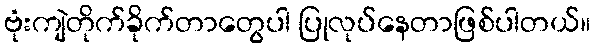
ဗုံးကျဲတိုက်ခိုက်တာတွေပါ ပြုလုပ်နေတာဖြစ်ပါတယ်။